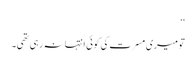
‘‘
تو میری مسرت کی کوئی انتہا نہ رہی تھی۔